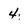
Character: 4